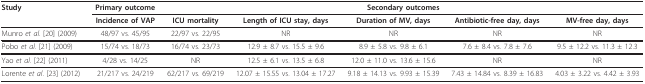
| Study | Primary outcome | <COLSPAN=5> Secondary outcomes |
 |  | Incidence of VAP | ICU mortality | Length of ICU stay, days | Duration of MV, days | Antibiotic-free day, days | MV-free day, days |
 | --- | --- | --- | --- | --- | --- | --- |
 | Munro et al. [20] (2009) | 48/97 vs. 45/95 | 22/97 vs. 22/95 | NR | NR | NR | NR |
 | Pobo et al. [21] (2009) | 15/74 vs. 18/73 | 16/74 vs. 23/73 | 12.9 ± 8.7 vs. 15.5 ± 9.6 | 8.9 ± 5.8 vs. 9.8 ± 6.1 | 7.6 ± 8.4 vs. 7.8 ± 7.6 | 9.5 ± 12.2 vs. 11.3 ± 12.3 |
 | Yao et al. [22] (2011) | 4/28 vs. 14/25 | NR | 12.5 ± 6.1 vs. 13.5 ± 6.8 | 12.0 ± 11.0 vs. 13.6 ± 15.6 | NR | NR |
 | Lorente et al. [23] (2012) | 21/217 vs. 24/219 | 62/217 vs. 69/219 | 12.07 ± 15.55 vs. 13.04 ± 17.27 | 9.18 ± 14.13 vs. 9.93 ± 15.39 | 7.43 ± 14.84 vs. 8.39 ± 16.83 | 4.03 ± 3.22 vs. 4.42 ± 3.93 |